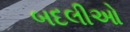
બદલીઓ